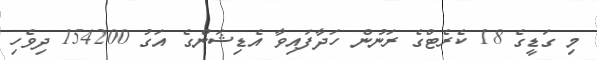
މި ގަޑީގެ 18 ކެރެޓްގެ ރަނުން ހަދާފައިވާ އެޑިޝަންގެ އަގު 154200 ދިވެހި